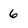
Character: 6